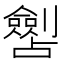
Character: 𱐧